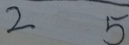
2 5